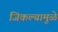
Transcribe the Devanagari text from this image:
जिकल्यामुळे